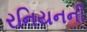
રનિયનની